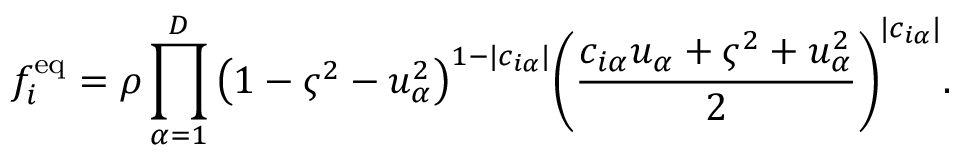
f _ { i } ^ { \mathrm { e q } } = \rho \prod _ { \alpha = 1 } ^ { D } { \left( 1 - \varsigma ^ { 2 } - u _ { \alpha } ^ { 2 } \right) } ^ { 1 - \lvert c _ { i \alpha } \lvert } { \left( \frac { c _ { i \alpha } u _ { \alpha } + \varsigma ^ { 2 } + u _ { \alpha } ^ { 2 } } { 2 } \right) } ^ { \lvert c _ { i \alpha } \lvert } .